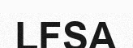
LFSA